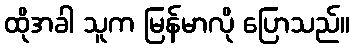
ထိုအခါ သူက မြန်မာလို ပြောသည်။